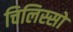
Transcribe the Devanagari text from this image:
चिलिस्सो